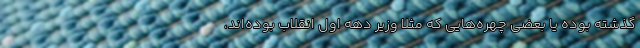
گذشته بوده یا بعضی چهره‌هایی که مثلاً وزیر دهه اول انقلاب بوده‌اند،